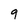
Character: 9